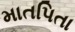
માતપિતા